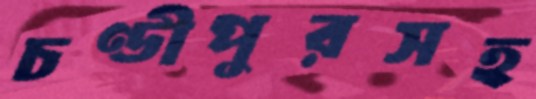
চণ্ডীপুরসহ